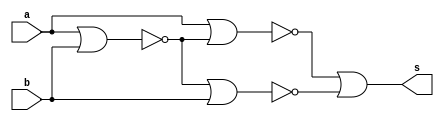
// -------------------------
// Exemplo_0506 - GATES
// Nome: Anna Puga Campos Rodrigues
// -------------------------
// -------------------------
// previso de testes
//      m a b s
//      0 0 0 0
//      1 0 1 1 
//      2 1 0 1
//      3 1 1 0
//
// -------------------------
module NOR ( output s,
input a,
input b );
// descrever por portas
wire init;
wire inter_1;
wire inter_2;
wire final;
nor NOR_inicial (init, a, b);
nor NOR_itermed_1 ( inter_1, a, init); 
nor NOR_itermed_2 ( inter_2, init, b);
nor NOR_final_1 ( final, inter_1, inter_2);
nor NOR_final_2 ( s, final, final);
endmodule // NOR
// ------------------------- definir dados
module EX_5;
reg x;
reg y;
wire s;
NOR MODULO1 (s, x, y);
// ------------------------- parte principal
initial
begin : main
$display("Exemplo_0506 - Anna Puga Campos Rodrigues - 694370");
$display("proposicao (a ^ b) - nor");
$display("   x    y    resposta");
// projetar testes do modulo
$monitor("%4b %4b %7b ", x, y, s);
   x = 1'b0; y = 1'b0;
#1 x = 1'b0; y = 1'b1;
#1 x = 1'b1; y = 1'b0;
#1 x = 1'b1; y = 1'b1;
end
endmodule // EX_5